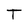
Character: T